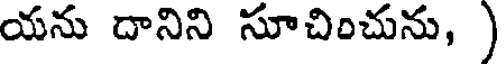
యను దానిని సూచించును, )